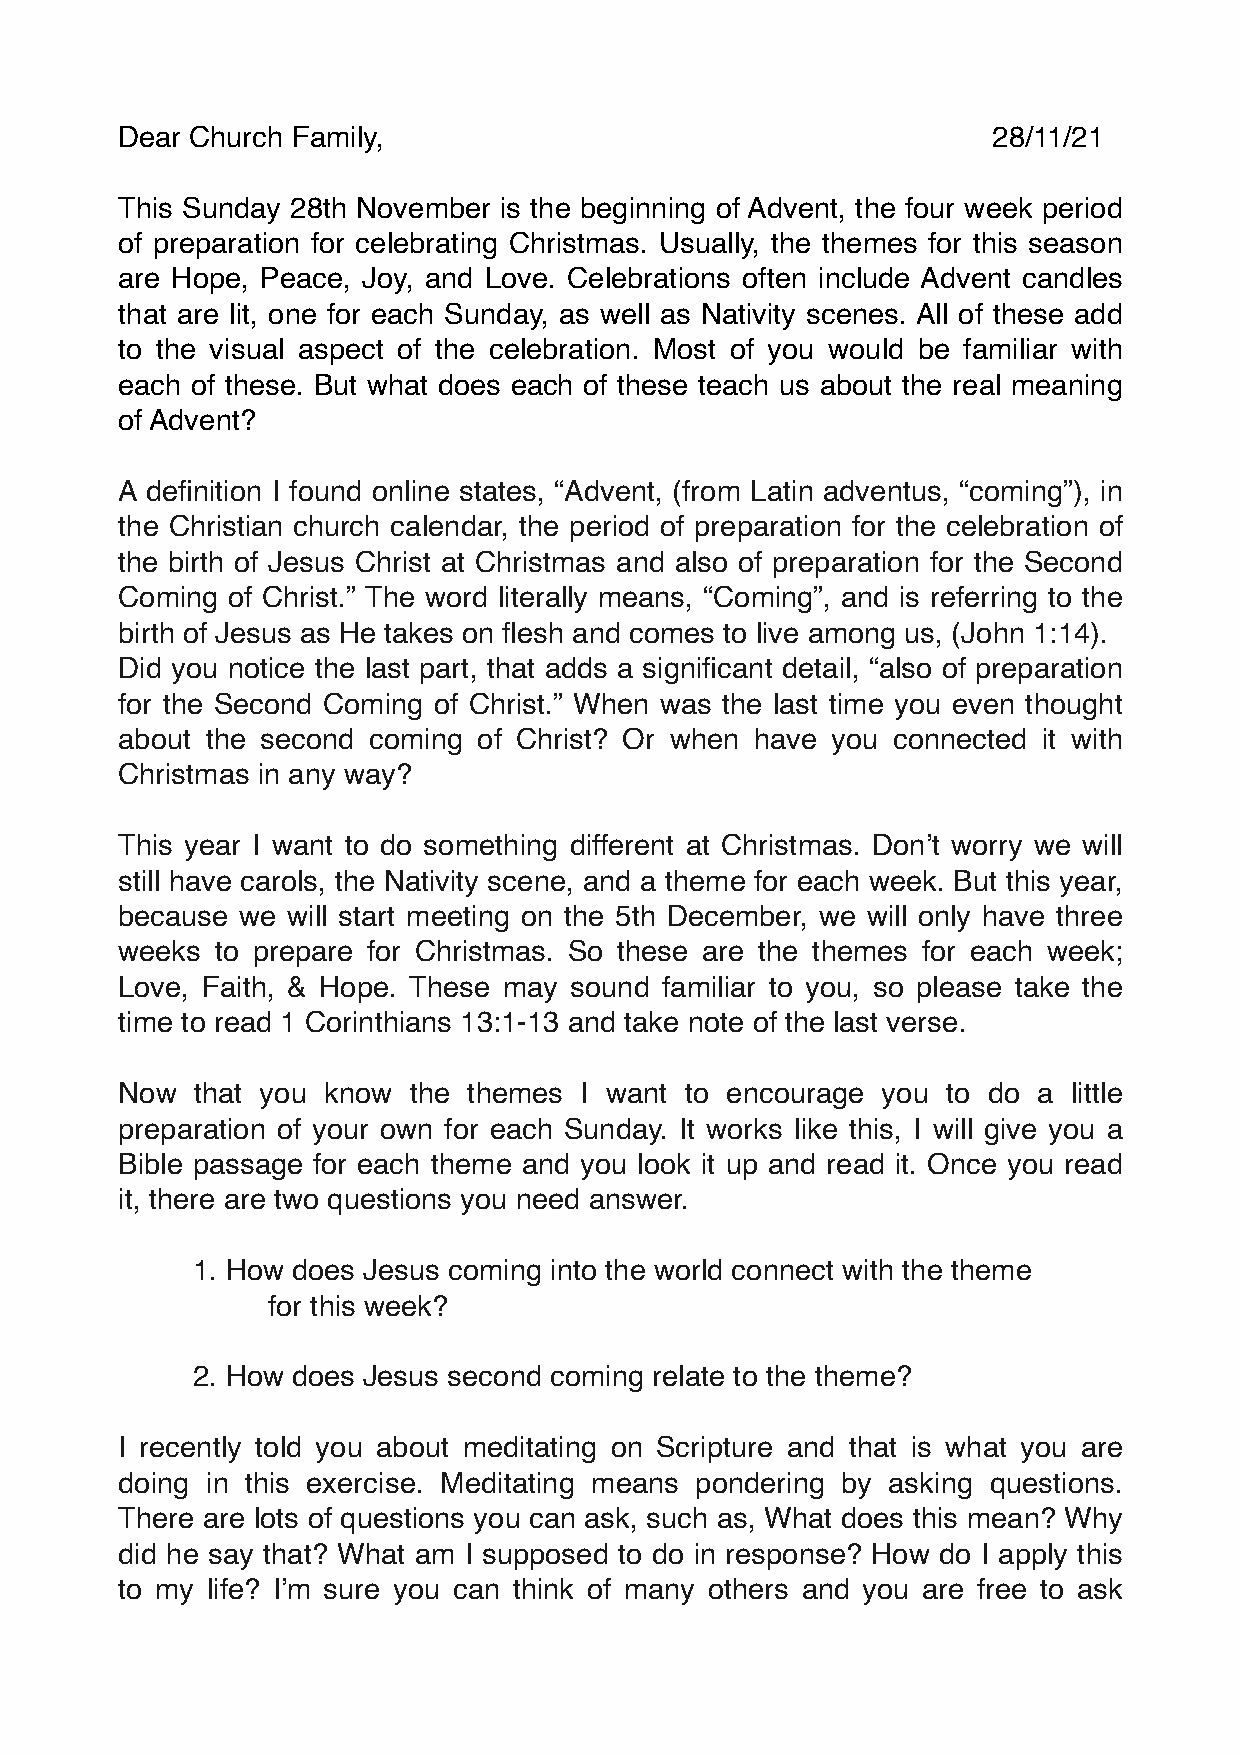
Dear Church Family,                                       28/11/21
 This Sunday 28th November is the beginning of Advent, the four week period
 of preparation for celebrating Christmas. Usually, the themes for this season
 are Hope, Peace, Joy, and Love. Celebrations often include Advent candles
 that are lit, one for each Sunday, as well as Nativity scenes. All of these add
 to the visual aspect of the celebration. Most of you would be familiar with
 each of these. But what does each of these teach us about the real meaning
 of Advent?
 A definition I found online states, “Advent, (from Latin adventus, “coming”), in
 the Christian church calendar, the period of preparation for the celebration of
 the birth of Jesus Christ at Christmas and also of preparation for the Second
 Coming of Christ.” The word literally means, “Coming”, and is referring to the
 birth of Jesus as He takes on flesh and comes to live among us, (John 1:14).
 Did you notice the last part, that adds a significant detail, “also of preparation
 for the Second Coming of Christ.” When was the last time you even thought
 about the second coming of Christ? Or when have you connected it with
 Christmas in any way?
 This year I want to do something different at Christmas. Don’t worry we will
 still have carols, the Nativity scene, and a theme for each week. But this year,
 because we will start meeting on the 5th December, we will only have three
 weeks to prepare for Christmas. So these are the themes for each week;
 Love, Faith, & Hope. These may sound familiar to you, so please take the
 time to read 1 Corinthians 13:1-13 and take note of the last verse.
 Now  that you know the themes I want to encourage you  to do a little
 preparation of your own for each Sunday. It works like this, I will give you a
 Bible passage for each theme and you look it up and read it. Once you read
 it, there are two questions you need answer.
 1. How does Jesus coming into the world connect with the theme
 for this week?
 2. How does Jesus second coming relate to the theme?
 I recently told you about meditating on Scripture and that is what you are
 doing in this exercise. Meditating means pondering by asking questions.
 There are lots of questions you can ask, such as, What does this mean? Why
 did he say that? What am I supposed to do in response? How do I apply this
 to my life? I’m sure you can think of many others and you are free to ask